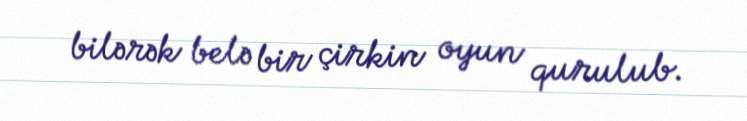
bilərək belə bir çirkin oyun qurulub.